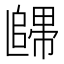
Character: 𲉙